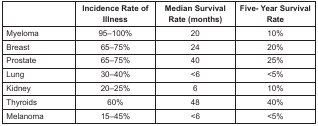
<table><thead><tr><td></td><td><b>Incidence Rate of Illness</b></td><td><b>Median Survival Rate (months)</b></td><td><b>Five- Year Survival Rate</b></td></tr></thead><tbody><tr><td>Myeloma</td><td>95–100%</td><td>20</td><td>10%</td></tr><tr><td>Breast</td><td>65–75%</td><td>24</td><td>20%</td></tr><tr><td>Prostate</td><td>65–75%</td><td>40</td><td>25%</td></tr><tr><td>Lung</td><td>30–40%</td><td>&lt;6</td><td>&lt;5%</td></tr><tr><td>Kidney</td><td>20–25%</td><td>6</td><td>10%</td></tr><tr><td>Thyroids</td><td>60%</td><td>48</td><td>40%</td></tr><tr><td>Melanoma</td><td>15–45%</td><td>&lt;6</td><td>&lt;5%</td></tr></tbody></table>